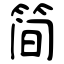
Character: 简